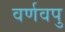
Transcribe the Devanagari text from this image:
वर्णवपु